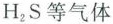
H_{2}S等气体